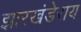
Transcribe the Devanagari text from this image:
झारखंडेराय